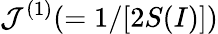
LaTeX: \mathcal{J}^{(1)}(=1/[2S(I)])